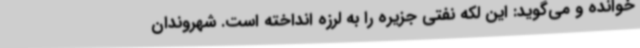
خوانده و می‌گوید: این لکه نفتی جزیره را به لرزه انداخته است. شهروندان